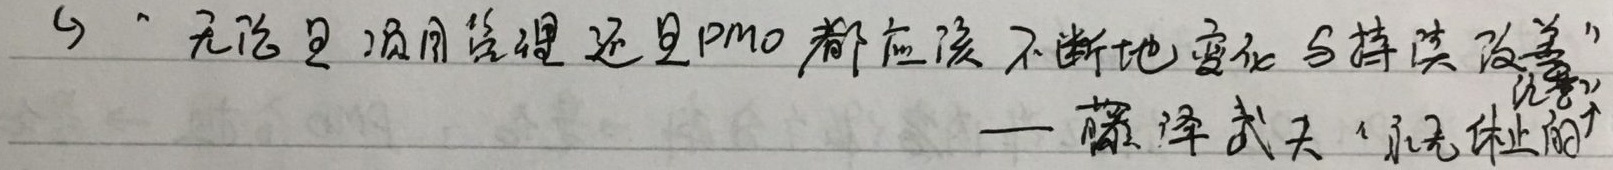
“无论是项目管理还是PMO都应该不断地变化与持续改善”——藤泽武夫「无休止的」